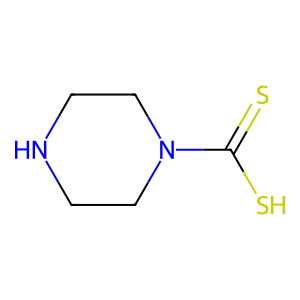
SMILES: S=C(S)N1CCNCC1
Inhibits HIV replication: No